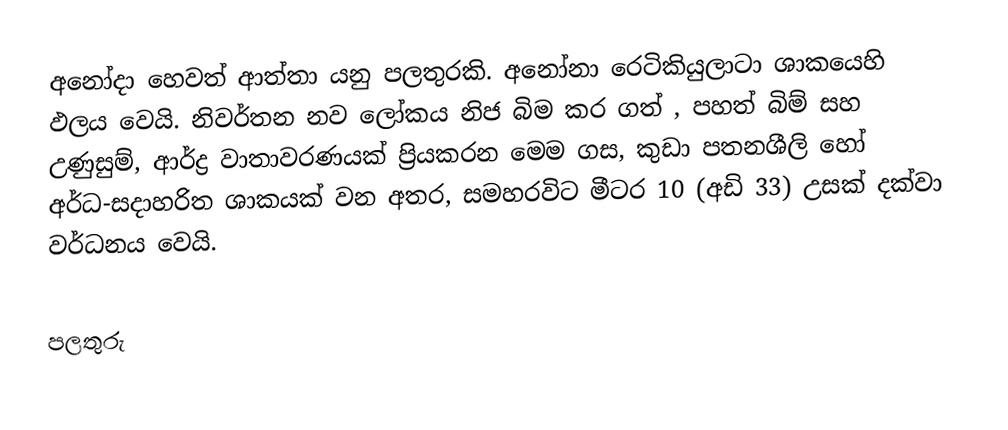
අනෝදා හෙවත් ආත්තා යනු පලතුරකි. අනෝනා රෙටිකියුලාටා ශාකයෙහි ඵලය  වෙයි. නිවර්තන නව ලෝකය නිජ බිම කර ගත් , පහත් බිම් සහ උණුසුම්, ආර්ද්‍ර වාතාවරණයක් ප්‍රියකරන මෙම ගස, කුඩා පතනශීලි හෝ අර්ධ-සදාහරිත ශාකයක් වන අතර, සමහරවිට මීටර 10 (අඩි 33)  උසක් දක්වා වර්ධනය වෙයි.

පලතුරු